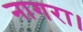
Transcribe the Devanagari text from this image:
नागरा।